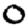
Digit: 0